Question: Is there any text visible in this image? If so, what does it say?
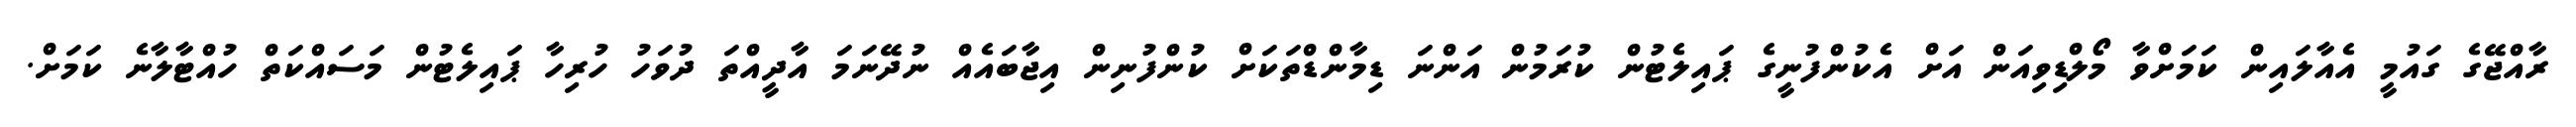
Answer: ރާއްޖޭގެ ގައުމީ އެއާލައިން ކަމަށްވާ މޯލްޑިވިއަން އަށް އެކުންފުނީގެ ޕައިލެޓުން ކުރަމުން އަންނަ ޑިމާންޑްތަކަށް ކުންފުނިން އިޖާބައެއް ނުދޭނަމަ އާދީއްތަ ދުވަހު ހުރިހާ ޕައިލެޓުން މަސައްކަތް ހުއްޓާލާނެ ކަމަށް.